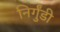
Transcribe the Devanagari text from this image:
निर्गुंडी